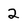
Character: 2